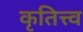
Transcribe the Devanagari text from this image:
कृतित्त्व